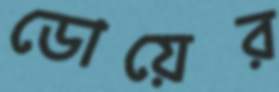
ডোয়ের